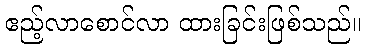
ဧည့်လာစောင်လာ ထားခြင်းဖြစ်သည်။